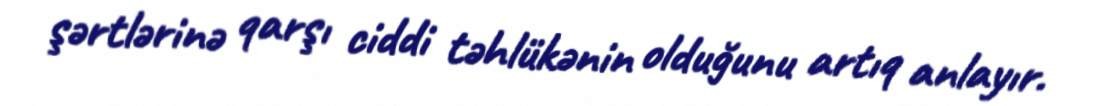
şərtlərinə qarşı ciddi təhlükənin olduğunu artıq anlayır.